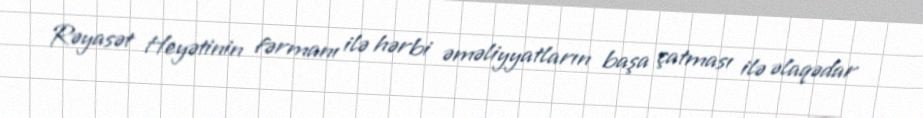
Rəyasət Heyətinin fərmanı ilə hərbi əməliyyatların başa çatması ilə əlaqədar